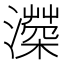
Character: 𤀻